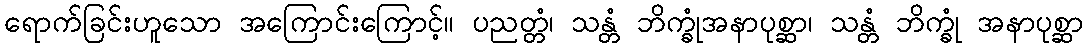
ရောက်ခြင်းဟူသော အကြောင်းကြောင့်။ ပညတ္တံ၊ သန္တံ ဘိက္ခုံအနာပုစ္ဆာ၊ သန္တံ ဘိက္ခုံ အနာပုစ္ဆာ